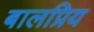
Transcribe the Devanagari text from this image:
बालप्रिय